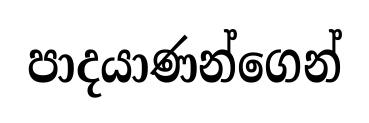
පාදයාණන්ගෙන්